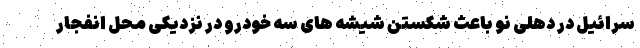
سرائیل در دهلی نو باعث شکستن شیشه های سه خودرو در نزدیکی محل انفجار